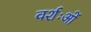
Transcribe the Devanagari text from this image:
वर्शःओं